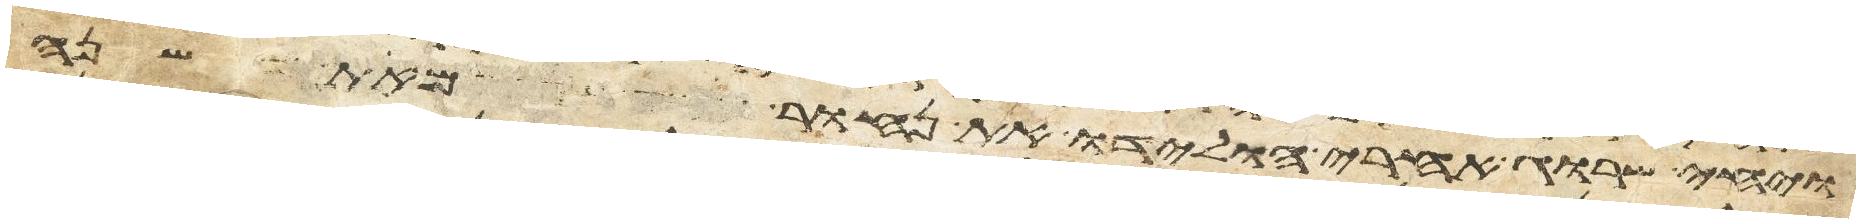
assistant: ויחי שרוג אחרי הולידו את נחור מאת שנה